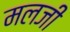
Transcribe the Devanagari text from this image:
मलजी